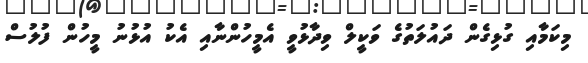
މިކަމާއި ގުޅިގެން ދައުލަތުގެ ވަކީލް ވިދާޅުވީ އެމީހުންނާއި އެކު އުޅުނު މީހުން ފުލުސް